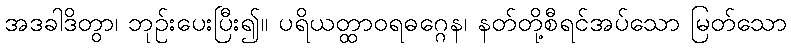
အဒခါဒိတွာ၊ ဘုဉ်းပေးပြီး၍။ ပရိယတ္ထာဝရဓဂ္ဂေန၊ နတ်တို့စီရင်အပ်သော မြတ်သော